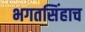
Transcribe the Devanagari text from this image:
भगतसिंहाच